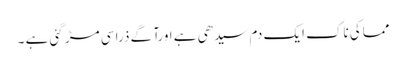
مماکی ناک ایک دم سیدھی ہے اورآگے ذرا سی مڑ گئی ہے ۔